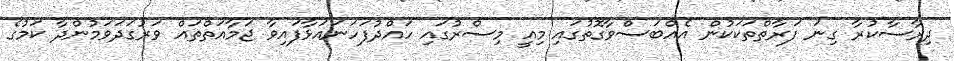
ދިރާސާކުރާ ގިނަ ފަރާތްތަކަކުން އެއްބަސްވާގޮތުގައި މިއީ މިސްރުގައި ހައްދުފަހަނައަޅާފައިވާ ޖަމާއަތްތައް ވަރުގަދަވަމުންދާ ކަމުގެ